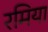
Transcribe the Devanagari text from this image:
रमिया